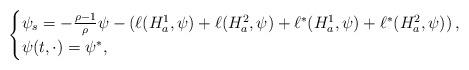
LaTeX: \begin{align*}\begin{cases}\psi_s=-\tfrac{\rho-1}{\rho}\psi-\left(\ell(H_a^1,\psi)+\ell(H_a^2,\psi)+\ell^*(H_a^1,\psi)+\ell^*(H_a^2,\psi)\right),\\\psi(t,\cdot)=\psi^*,\end{cases}\end{align*}